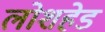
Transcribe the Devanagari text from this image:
लोशहेड